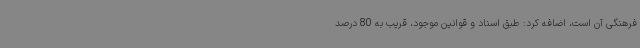
فرهنگی آن است، اضافه کرد: طبق اسناد و قوانین موجود، قریب به 80 درصد